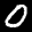
Label: 0